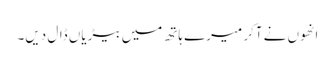
انھوں نے آکر میرے ہاتھ میں بیڑیاں ڈال دیں۔